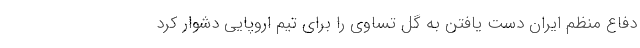
دفاع منظم ایران دست یافتن به گل تساوی را برای تیم اروپایی دشوار کرد